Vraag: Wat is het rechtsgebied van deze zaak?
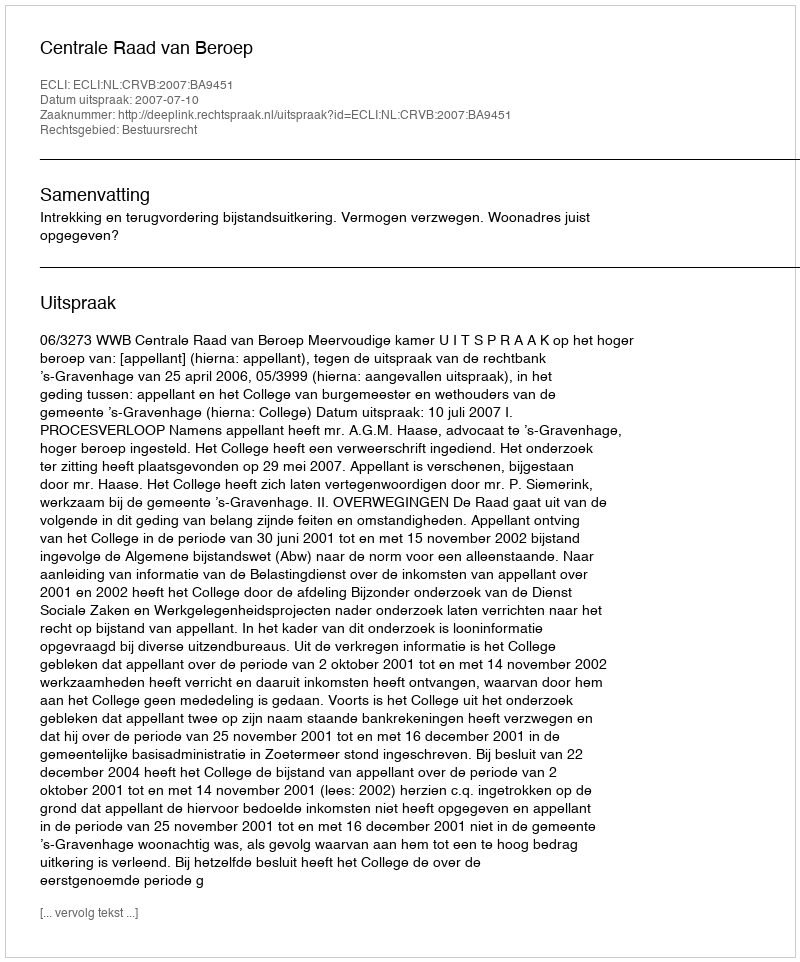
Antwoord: Bestuursrecht